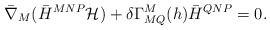
\begin{align*}\bar \nabla_M ( \bar H^{MNP} {\cal H} ) +\delta \Gamma^M_{MQ} (h) \bar H^{QNP} =0.\end{align*}